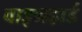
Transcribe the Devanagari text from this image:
वाइनहार्ड